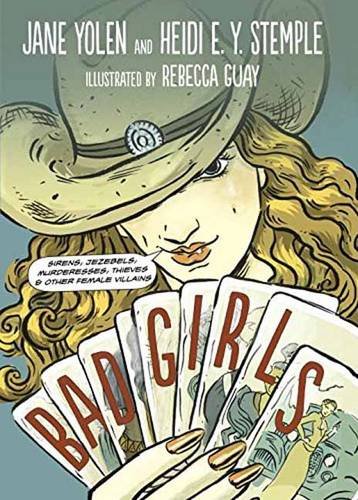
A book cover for Bad Girls: Sirens, Jezebels, Murderesses, Thieves and Other Female Villains; Jane Yolen; Children's Books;